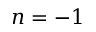
n = - 1